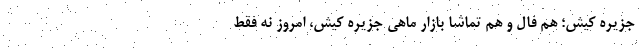
جزیره کیش؛‌ هم فال و هم تماشا بازار ماهی جزیره کیش،‌ امروز نه فقط